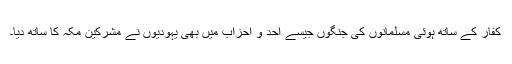
کفار کے ساتھ ہوئی مسلمانوں کی جنگوں جیسے احد و احزاب میں بھی یہودیوں نے مشرکین مکہ کا ساتھ دیا۔